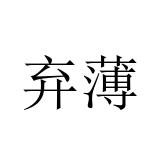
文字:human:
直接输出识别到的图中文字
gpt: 弃薄